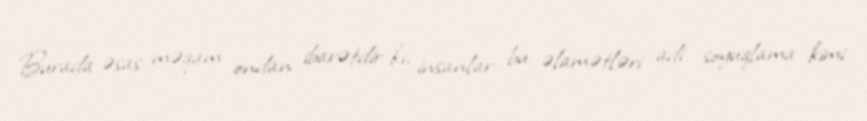
Burada əsas məqam ondan ibarətdir ki, insanlar bu əlamətləri adi soyuqlama kimi